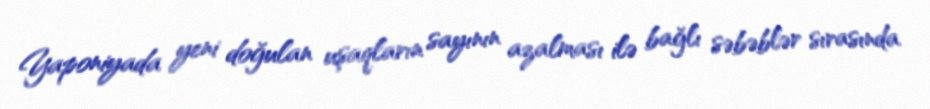
Yaponiyada yeni doğulan uşaqların sayının azalması ilə bağlı səbəblər sırasında